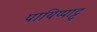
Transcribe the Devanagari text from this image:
पायिप्पाट्टु